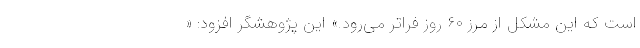
است که این مشکل از مرز ۶۰ روز فراتر می‌رود.» این پژوهشگر افزود: «